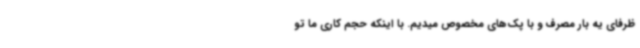
ظرفای یه بار مصرف و با پک‌های مخصوص میدیم. با اینکه حجم کاری ما تو